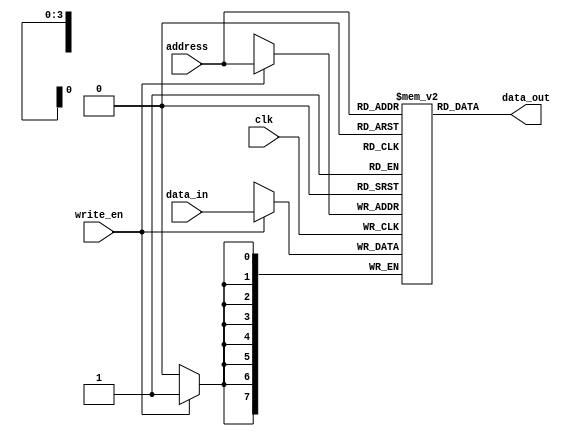
`timescale 1us/1ns 
// Single port RAM with asynchronous read and synchronous write
// Size of the RAM is 16 x 8bit words 
module ram_sp_async_read(
  input [3:0] address,
  input [7:0] data_in,
  input write_en,
  input clk,
  output [7:0] data_out);
  
  reg [7:0] ram [0:15];
  
  always @(posedge clk) begin
    if (write_en)
      ram[address] <= data_in;
    end 
      
      assign data_out = ram[address];
    endmodule